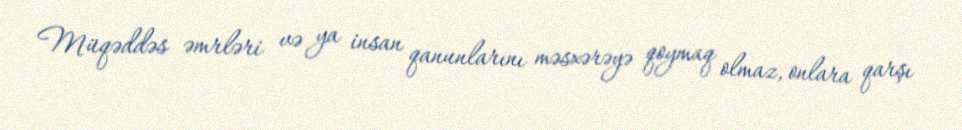
Müqəddəs əmrləri və ya insan qanunlarını məsxərəyə qoymaq olmaz, onlara qarşı